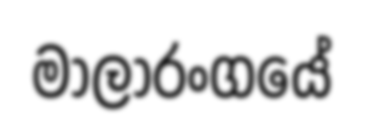
මාලාරංගයේ